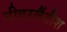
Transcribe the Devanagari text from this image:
नीदरलैंडीश